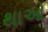
થાઓ